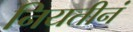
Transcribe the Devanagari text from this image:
नियतीनं